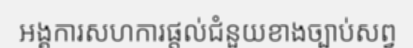
អង្គការសហការផ្តល់ជំនួយខាងច្បាប់សព្វ